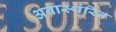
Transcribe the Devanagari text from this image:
अवास्थंरित